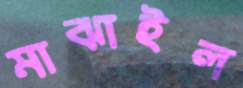
মাঝাইল